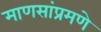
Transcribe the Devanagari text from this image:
माणसांप्रमणे